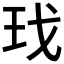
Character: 𰡯